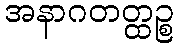
အနာဂတတ္ထဉ္စ